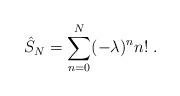
LaTeX: \begin{align*}\hat{S}_{N} = \sum_{n=0}^{N} (-\lambda)^n n! \; .\end{align*}